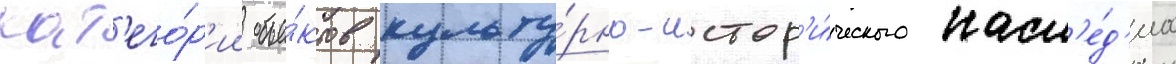
кат'его́р'ии объе́ктов культу́рно-истор'и́ческого насл'е́д'иа